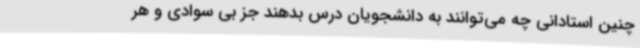
چنین استادانی چه می‌توانند به دانشجویان درس بدهند جز بی سوادی و هر